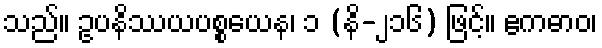
သည်။ ဥပနိဿယပစ္စယေန၊ ၁ (နိ-၂၁၆) ဖြင့်။ ဧကဓာဝ၊